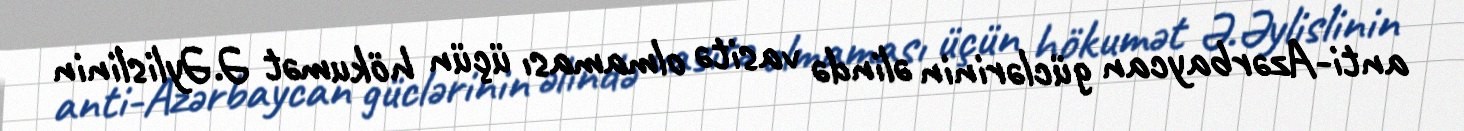
anti-Azərbaycan güclərinin əlində vasitə olmaması üçün hökumət Ə.Əylislinin